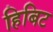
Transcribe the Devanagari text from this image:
हिबिट